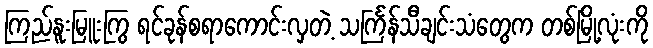
ကြည်နူးမြူးကြွ ရင်ခုန်စရာကောင်းလှတဲ့ သင်္ကြန်သီချင်းသံတွေက တစ်မြို့လုံးကို